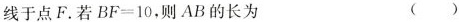
线于点F。若$$BF=10$$，则AB的长为 ()